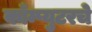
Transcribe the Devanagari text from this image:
काँम्प्युटरचे